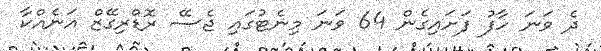
ދެ ވަނަ ހާފު ފަށައިގެން 64 ވަނަ މިނެޓުގައި ޖެސޭ ރޮޑްރިގޭޒް އަނެއްކާ